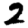
Digit: 2